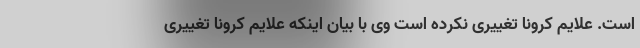
است. علایم کرونا تغییری نکرده است وی با بیان اینکه علایم کرونا تغییری